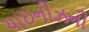
ચાઇનીઝની